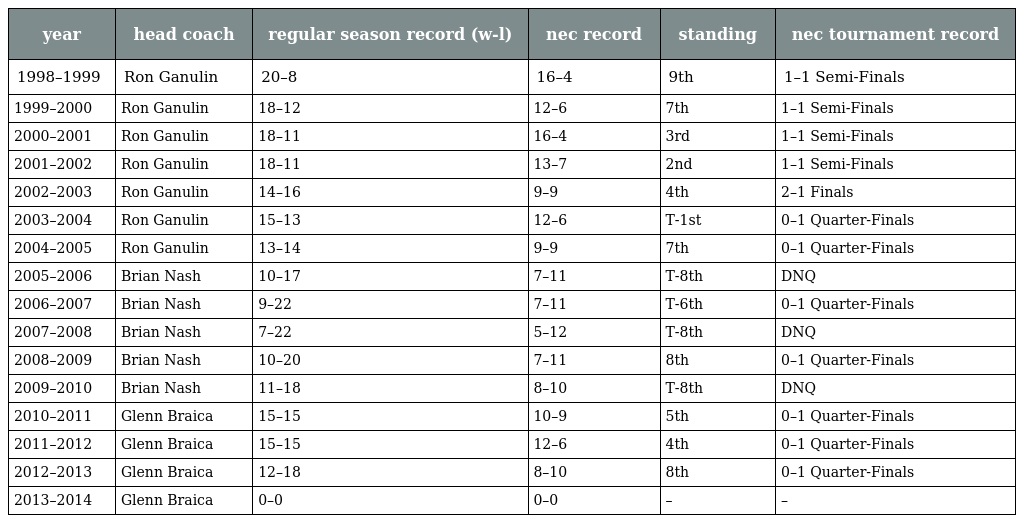
| year | head coach | regular season record (w-l) | nec record | standing | nec tournament record |
 | --- | --- | --- | --- | --- | --- |
 | 1998–1999 | Ron Ganulin | 20–8 | 16–4 | 9th | 1–1 Semi-Finals |
 | 1999–2000 | Ron Ganulin | 18–12 | 12–6 | 7th | 1–1 Semi-Finals |
 | 2000–2001 | Ron Ganulin | 18–11 | 16–4 | 3rd | 1–1 Semi-Finals |
 | 2001–2002 | Ron Ganulin | 18–11 | 13–7 | 2nd | 1–1 Semi-Finals |
 | 2002–2003 | Ron Ganulin | 14–16 | 9–9 | 4th | 2–1 Finals |
 | 2003–2004 | Ron Ganulin | 15–13 | 12–6 | T-1st | 0–1 Quarter-Finals |
 | 2004–2005 | Ron Ganulin | 13–14 | 9–9 | 7th | 0–1 Quarter-Finals |
 | 2005–2006 | Brian Nash | 10–17 | 7–11 | T-8th | DNQ |
 | 2006–2007 | Brian Nash | 9–22 | 7–11 | T-6th | 0–1 Quarter-Finals |
 | 2007–2008 | Brian Nash | 7–22 | 5–12 | T-8th | DNQ |
 | 2008–2009 | Brian Nash | 10–20 | 7–11 | 8th | 0–1 Quarter-Finals |
 | 2009–2010 | Brian Nash | 11–18 | 8–10 | T-8th | DNQ |
 | 2010–2011 | Glenn Braica | 15–15 | 10–9 | 5th | 0–1 Quarter-Finals |
 | 2011–2012 | Glenn Braica | 15–15 | 12–6 | 4th | 0–1 Quarter-Finals |
 | 2012–2013 | Glenn Braica | 12–18 | 8–10 | 8th | 0–1 Quarter-Finals |
 | 2013–2014 | Glenn Braica | 0–0 | 0–0 | – | – |